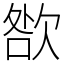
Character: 㰶